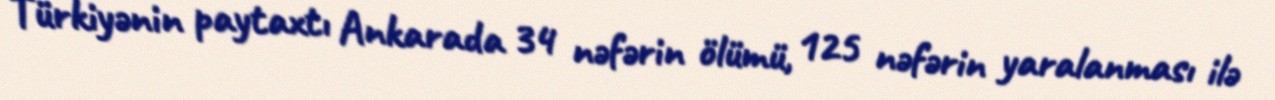
Türkiyənin paytaxtı Ankarada 34 nəfərin ölümü, 125 nəfərin yaralanması ilə